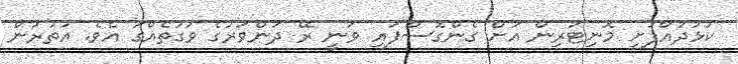
ކުޅުދުއްފުށި މޮނިޓަރިން އަށް ގެންގޮސްފައި ވަނީ ރޭ ދަންވަރުގެ ވަގުތެއްގަ އެވެ. އުތުރުން